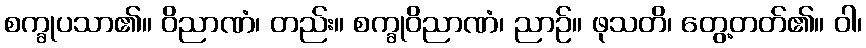
စက္ခုပသာ၏။ ဝိညာဏံ၊ တည်း။ စက္ခုဝိညာဏံ၊ ညာဉ်။ ဖုသတိ၊ တွေ့တတ်၏။ ဝါ၊